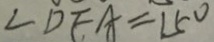
\angle D E A = 1 5 ^ { \circ }